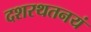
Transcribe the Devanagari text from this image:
दशरथतनयं